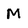
Character: M